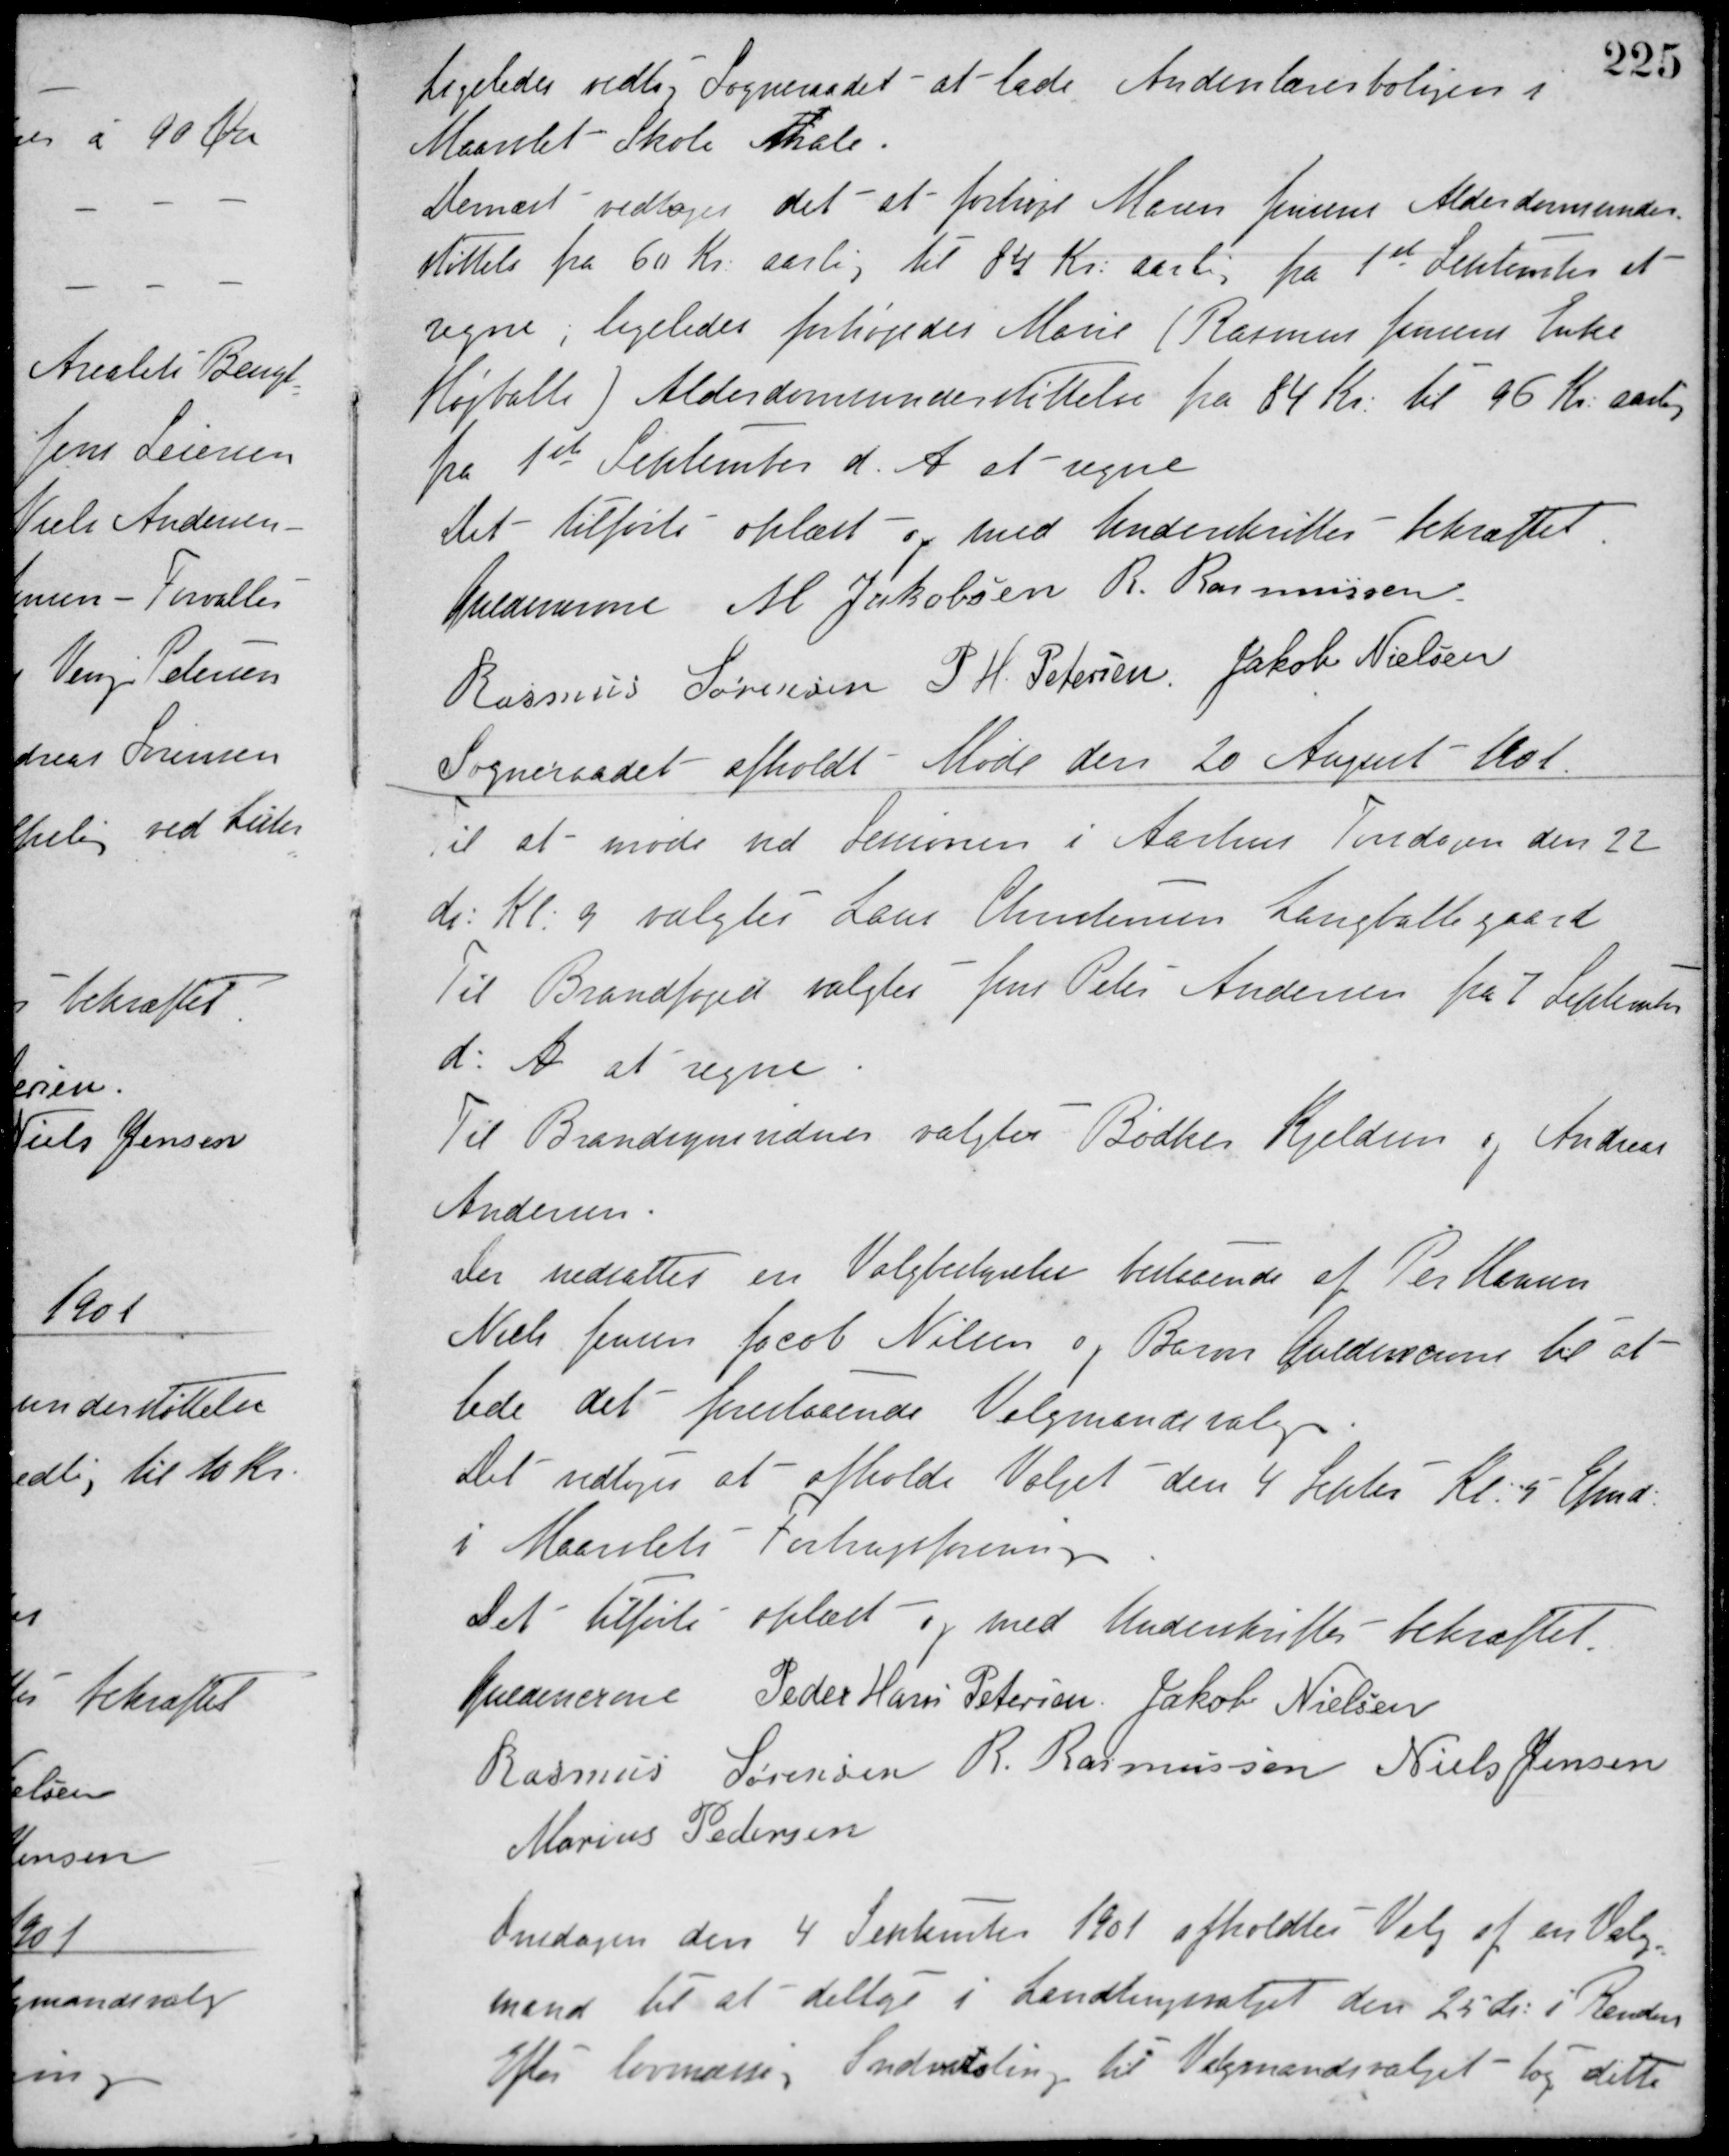
Transskription:
Ligeledes vedtog Sogneraadet at lade Andenlærerboligen i
Maarslet Skole Male.
Dernæst vedtoges det at forhøje Maren Jensens Alderdomsunder-
støttels fra 60 Kr. aarlig til 84 Kr. aarlig fra 1ste September at
regne, ligeledes forhøjedes Marie (Rasmus Jensens Enke
Højballe) Alderdomsunderstøttelse fra 84 Kr. til 95 Kr. aarlig
fra 1ste September d. A. at regne.
Det tilførte oplæst og med Underskrifter bekræftet
Guldencrone M. Jakobsen R. Rasmussen
Rasmus Sørensen P. H. Petersen Jakob Nielsen
Sogneraadet afholdt Møde den 20 August 1901.
Til at møde ved Sessionen i Aarhus Torsdagen den 22
ds.: Kl: 9 valgtes Laus Christensen Langballegaard.
Til Brandfoged valgtes Jens Peter Andersen fra 7 September
d. A. at regne.
Til Brandsynsvidner valgtes Bødker Kjeldsen og Andreas
Andersen.
Der nedsattes en Valgbestyrelse bestaaende af Per Hansen
Niels Jensen Jacob Nielsen og Baron Guldencrone til at
lede det forestaaende Valgmandsvalg.
Det vedtoges at afholde Valget den 4 Septbr. Kl. 5 Efmd.
i Maarslets Forbrugsforening.
Det tilførte oplæst og med Underskrifter bekræftet.
Guldencrone Peder Hans Petersen Jakob Nielsen
Rasmus Sørensen R. Rasmussen Niels Jensen
Marius Pedersen
Onsdagen den 4 September 1901 afholdtes Valg af en Valg-
mand til at deltage i Landtingsvalget den 25 ds. i Randers.
Efter lovmæssig Indvarsling til Valgmandsvalget tog dette